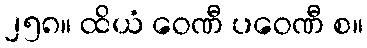
၂၅၈။ ထိယံ ဝေဏီ ပဝေဏီ စ။